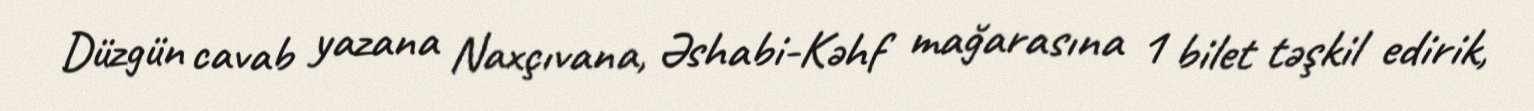
Düzgün cavab yazana Naxçıvana, Əshabi-Kəhf mağarasına 1 bilet təşkil edirik,